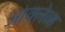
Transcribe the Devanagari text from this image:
आंक्लेव्ह